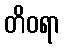
တိဝရာ